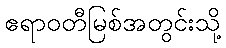
ဧရာဝတီမြစ်အတွင်းသို့